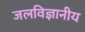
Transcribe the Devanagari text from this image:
जलविज्ञानीय